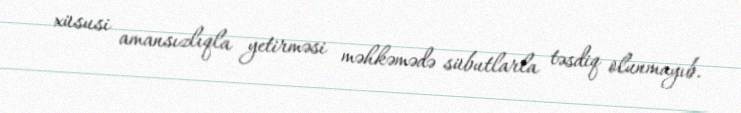
xüsusi amansızlıqla yetirməsi məhkəmədə sübutlarla təsdiq olunmayıb.